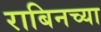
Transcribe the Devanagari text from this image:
राबिनच्या